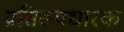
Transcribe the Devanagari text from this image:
प्रतिरूपधारक